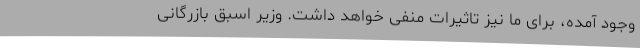
وجود آمده، برای ما نیز تاثیرات منفی خواهد داشت. وزیر اسبق بازرگانی